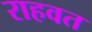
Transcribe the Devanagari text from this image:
राहवत